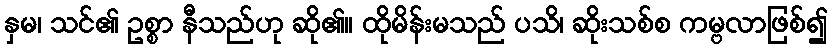
နှမ၊ သင်၏ ဥစ္စာ နီသည်ဟု ဆို၏။ ထိုမိန်းမသည် ပသိ၊ ဆိုးသစ်စ ကမ္ဗလာဖြစ်၍